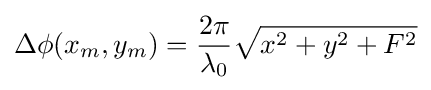
\Delta \phi (x_{m},y_{m})={\frac {2\pi }{\lambda _{0}}}{\sqrt {x^{2}+y^{2}+F^{2}}}